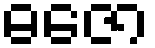
ဓဇော